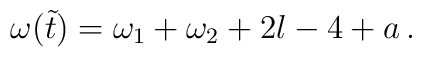
\omega(\tilde{t})=\omega_{1}+\omega_{2}+2l-4+a\,.